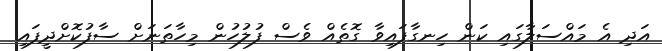
އަދި އެ މައްސަލާގައި ކަން ހިނގާފައިވާ ގޮތެއް ވެސް ފުލުހުން މިހާތަނަށް ސާފުކޮށްދީފައި